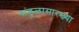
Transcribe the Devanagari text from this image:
गांडुळासारख्या